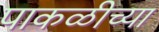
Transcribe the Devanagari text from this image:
पाकळीच्या